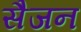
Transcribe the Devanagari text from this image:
सैजन